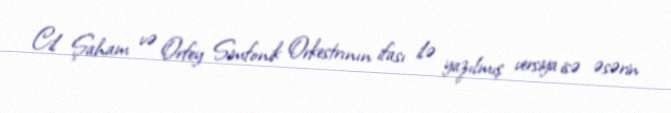
Cil Şaham və Orfey Simfonik Orkestrının ifası ilə yazılmış versiya isə əsərin